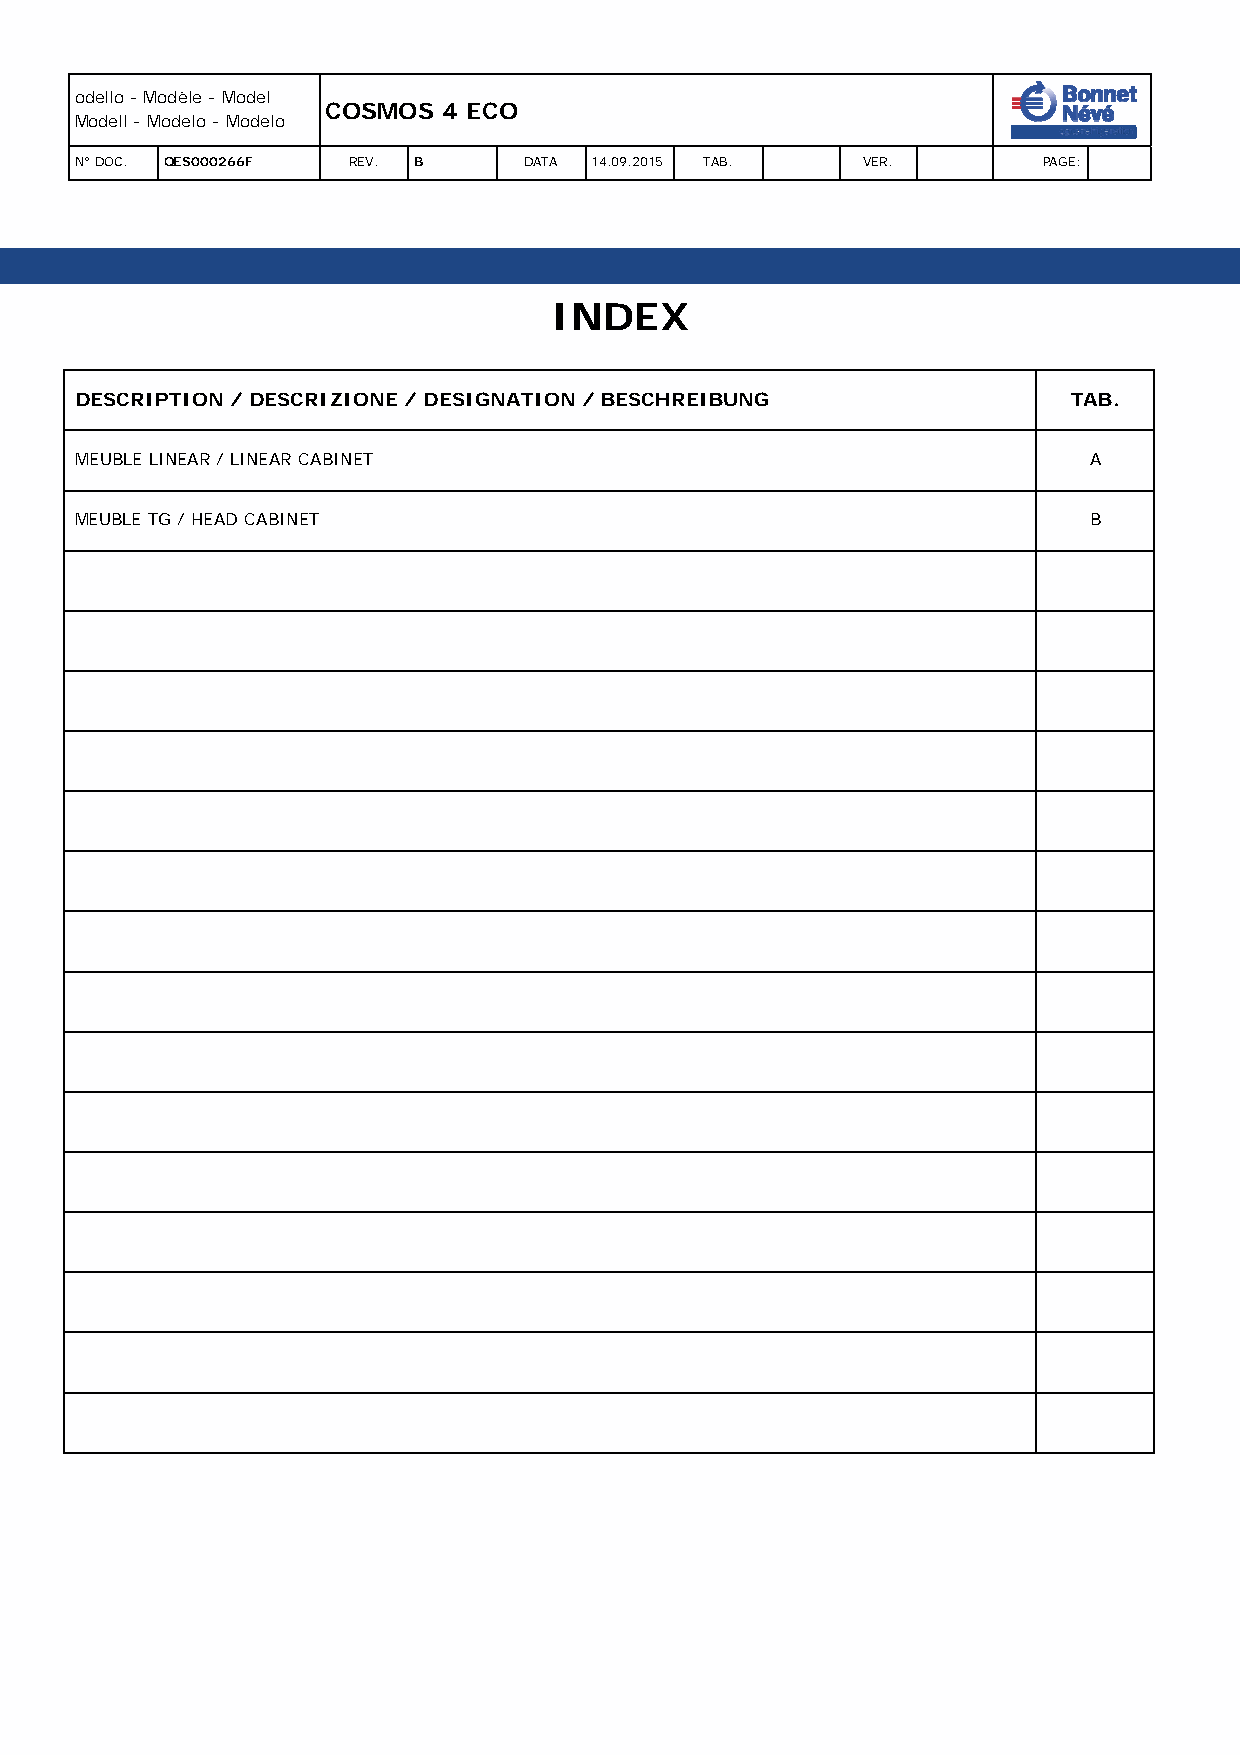
odello - Modèle - Model
 COSMOS 4 ECO
 Modell - Modelo - Modelo
 N° DOC. QES000266F REV. B     DATA 14.09.2015 TAB.  VER.        PAGE:
 INDEX
 DESCRIPTION / DESCRIZIONE / DESIGNATION / BESCHREIBUNG            TAB.
 MEUBLE LINEAR / LINEAR CABINET                                     A
 MEUBLE TG / HEAD CABINET                                           B